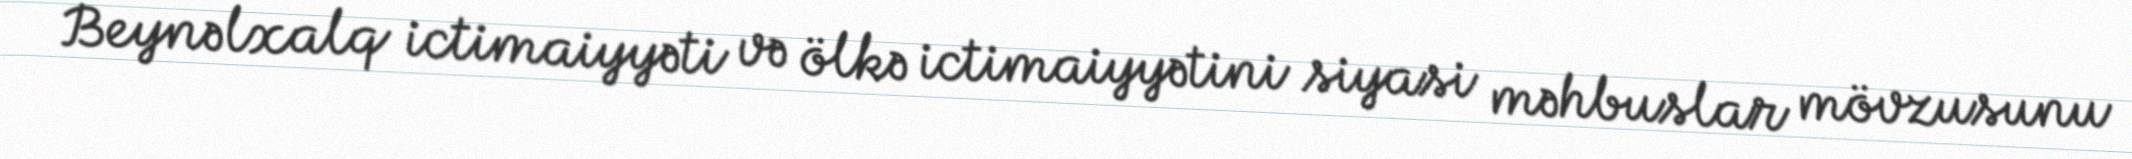
Beynəlxalq ictimaiyyəti və ölkə ictimaiyyətini siyasi məhbuslar mövzusunu